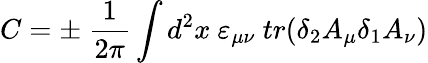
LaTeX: C=\pm\ {\frac{1}{2\pi}}\int d^{2}x\ \varepsilon_{\mu\nu}\ tr(\delta_{2}A_{\mu}\delta_{1}A_{\nu})